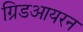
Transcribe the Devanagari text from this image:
ग्रिडआयरन